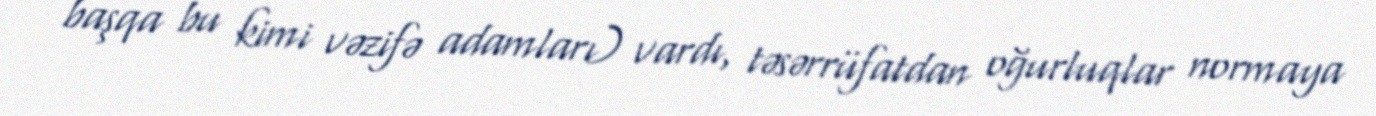
başqa bu kimi vəzifə adamları) vardı, təsərrüfatdan oğurluqlar normaya